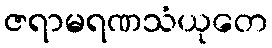
ဇရာမရဏသံယုတေ